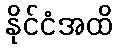
နိုင်ငံအထိ